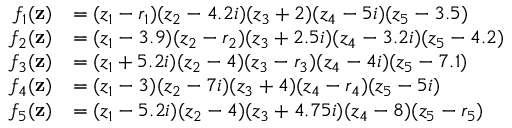
\begin{array} { r l } { f _ { 1 } ( { \bf z } ) } & { = ( z _ { 1 } - r _ { 1 } ) ( z _ { 2 } - 4 . 2 i ) ( z _ { 3 } + 2 ) ( z _ { 4 } - 5 i ) ( z _ { 5 } - 3 . 5 ) } \\ { f _ { 2 } ( { \bf z } ) } & { = ( z _ { 1 } - 3 . 9 ) ( z _ { 2 } - r _ { 2 } ) ( z _ { 3 } + 2 . 5 i ) ( z _ { 4 } - 3 . 2 i ) ( z _ { 5 } - 4 . 2 ) } \\ { f _ { 3 } ( { \bf z } ) } & { = ( z _ { 1 } + 5 . 2 i ) ( z _ { 2 } - 4 ) ( z _ { 3 } - r _ { 3 } ) ( z _ { 4 } - 4 i ) ( z _ { 5 } - 7 . 1 ) } \\ { f _ { 4 } ( { \bf z } ) } & { = ( z _ { 1 } - 3 ) ( z _ { 2 } - 7 i ) ( z _ { 3 } + 4 ) ( z _ { 4 } - r _ { 4 } ) ( z _ { 5 } - 5 i ) } \\ { f _ { 5 } ( { \bf z } ) } & { = ( z _ { 1 } - 5 . 2 i ) ( z _ { 2 } - 4 ) ( z _ { 3 } + 4 . 7 5 i ) ( z _ { 4 } - 8 ) ( z _ { 5 } - r _ { 5 } ) } \end{array}